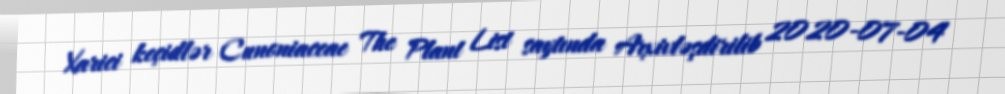
Xarici keçidlər Cunoniaceae The Plant List saytında Arxivləşdirilib 2020-07-04